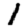
Digit: 1